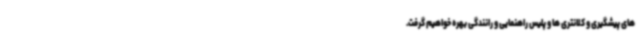
های پیشگیری و کلانتری ها و پلیس راهنمایی و رانندگی بهره خواهیم گرفت.